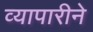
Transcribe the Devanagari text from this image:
व्यापारीने